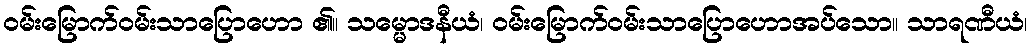
ဝမ်းမြောက်ဝမ်းသာပြောဟော ၏။ သမ္မောဒနီယံ၊ ဝမ်းမြောက်ဝမ်းသာပြောဟောအပ်သော။ သာရဏီယံ၊